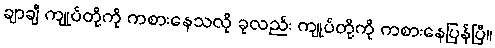
ချာချီ ကျုပ်တို့ကို ကစားနေသလို ခုလည်း ကျုပ်တို့ကို ကစားနေပြန်ပြီ။